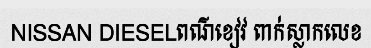
NISSAN DIESELពណ៌ខៀវ ពាក់ស្លាកលេខ